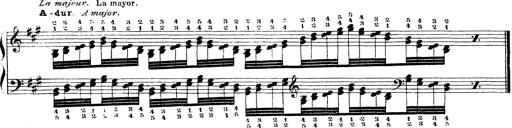
Title: Technische Studien
Composer: Franz Liszt